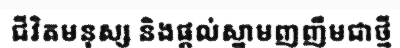
ជីវិតមនុស្ស និងផ្តល់ស្នាមញញឹមជាថ្មី